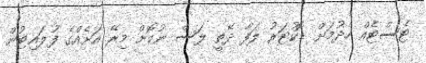
ޓެސްޓެއް ހެދުމަށް ޑޮކުޓަރު ލަފާ ދޭތީ ލަސް ނުކޮށް މިރޭ އަށެއްގެ ފުލައިޓުން